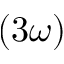
\left( 3 \omega \right)